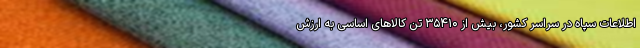
اطلاعات سپاه در سراسر کشور، بیش از ۳۵۴۱۰ تن کالاهای اساسی به ارزش